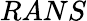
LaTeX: RANS